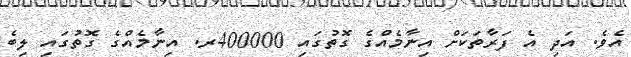
އެވެ. އަދި އެ ފަރާތަކަށް އިނާމެއްގެ ގޮތުގައި 400000ރ. އިނާމެއްގެ ގޮތުގައި ލިބެ